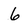
Character: 6